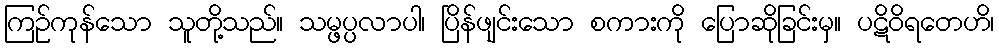
ကြဉ်ကုန်သော သူတို့သည်။ သမ္ဖပ္ပလာပါ၊ ပြိန်ဖျင်းသော စကားကို ပြောဆိုခြင်းမှ။ ပဋိဝိရတေဟိ၊